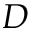
D